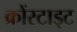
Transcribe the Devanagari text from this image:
क्रोंस्टाड्ट